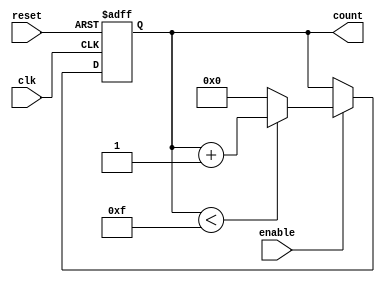
module binary_counter #(
    parameter MIN_VALUE = 0,        // Minimum count value
    parameter MAX_VALUE = 15,       // Maximum count value (adjust as needed)
    parameter WIDTH = $clog2(MAX_VALUE + 1) // Number of bits needed
)(
    input wire clk,                 // Clock signal
    input wire reset,               // Asynchronous reset signal
    input wire enable,              // Enable signal
    output reg [WIDTH-1:0] count    // Current count value
);

    // Asynchronous reset and counting logic
    always @(posedge clk or posedge reset) begin
        if (reset) begin
            count <= MIN_VALUE;      // Reset to minimum value
        end else if (enable) begin
            if (count < MAX_VALUE) begin
                count <= count + 1;  // Increment count
            end else begin
                count <= MIN_VALUE;   // Wrap around to minimum value
            end
        end
    end

endmodule